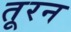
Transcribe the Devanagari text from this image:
तूरन